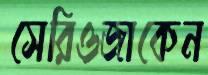
সেরিওজাকেন